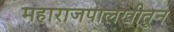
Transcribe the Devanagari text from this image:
महाराजपालखीतून